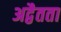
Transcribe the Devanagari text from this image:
अद्वैतता